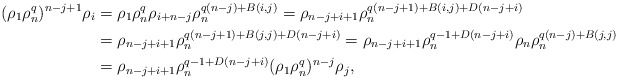
\begin{align*}(\rho_1 \rho_n^q)^{n-j+1} \rho_{i}&=\rho_1 \rho_n^q\rho_{{i+n-j}} \rho_n^{q(n-j)+B(i,j)}=\rho_{{n-j+i+1}} \rho_n^{q(n-j+1)+B(i,j)+D(n-j+i)}\\ &=\rho_{{n-j+i+1}} \rho_n^{q(n-j+1)+B(j,j)+D(n-j+i)}=\rho_{{n-j+i+1}}\rho_n^{q-1+D(n-j+i)} \rho_n\rho_n^{q(n-j)+B(j,j)} \\ &=\rho_{{n-j+i+1}}\rho_n^{q-1+D(n-j+i)} (\rho_1 \rho_n^q)^{n-j} \rho_j, \end{align*}